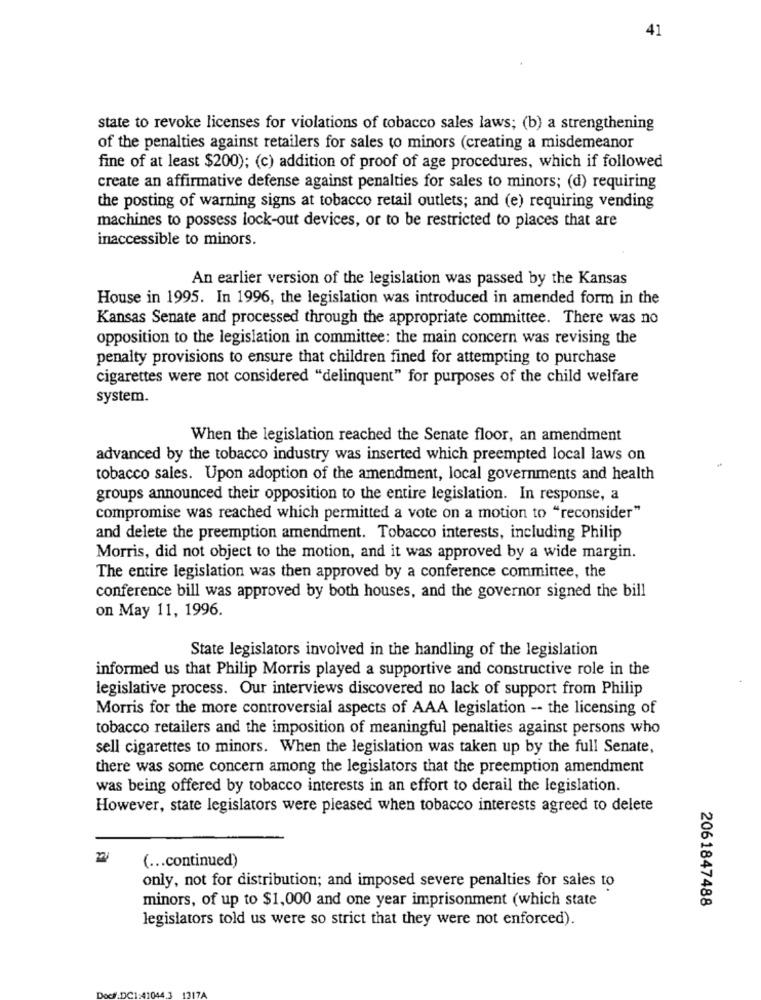
41
state to revoke licenses for violations of tobacco sales laws; (b) a strengthening
of the penalties against retailers for sales to minors (creating a misdemeanor
fine of at least $200); (c) addition of proof of age procedures, which if followed
create an affirmative defense against penalties for sales to minors; (d) requiring
the posting of warning signs at tobacco retail outlets; and (e) requiring vending
machines to possess lock-out devices, or to be restricted to places that are
inaccessible to minors.
An earlier version of the legislation was passed by the Kansas
House in 1995. In 1996, the legislation was introduced in amended form in the
Kansas Senate and processed through the appropriate committee. There was no
opposition to the legislation in committee: the main concern was revising the
penalty provisions to ensure that children fined for attempting to purchase
cigarettes were not considered "delinquent" for purposes of the child welfare
system.
When the legislation reached the Senate floor, an amendment
advanced by the tobacco industry was inserted which preempted local laws on
tobacco sales. Upon adoption of the amendment, local governments and health
groups announced their opposition to the entire legislation. In response, a
compromise was reached which permitted a vote on a motion to "reconsider"
and delete the preemption amendment. Tobacco interests, including Philip
Morris, did not object to the motion, and it was approved by a wide margin.
The entire legislation was then approved by a conference committee, the
conference bill was approved by both houses, and the governor signed the bill
on May 11, 1996.
State legislators involved in the handling of the legislation
informed us that Philip Morris played a supportive and constructive role in the
legislative process. Our interviews discovered no lack of support from Philip
Morris for the more controversial aspects of AAA legislation -- the licensing of
tobacco retailers and the imposition of meaningful penalties against persons who
sell cigarettes to minors. When the legislation was taken up by the full Senate,
there was some concern among the legislators that the preemption amendment
was being offered by tobacco interests in an effort to derail the legislation.
However, state legislators were pleased when tobacco interests agreed to delete
( ... continued)
only, not for distribution; and imposed severe penalties for sales to
minors, of up to $1,000 and one year imprisonment (which state
2061847488
legislators told us were so strict that they were not enforced).
ADCIE